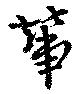
輦